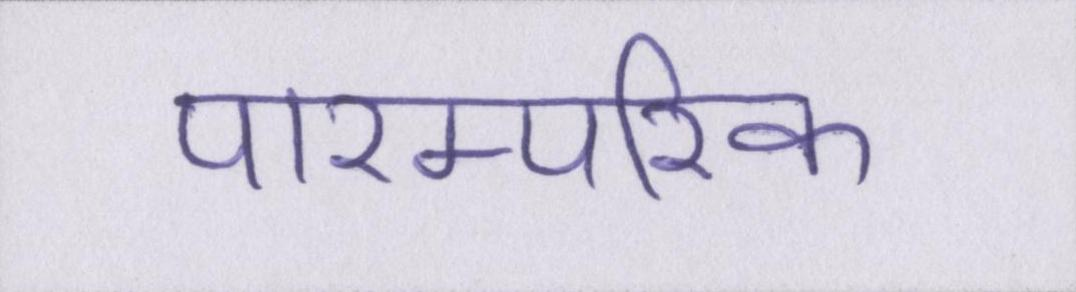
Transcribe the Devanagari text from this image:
पारम्परिक